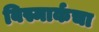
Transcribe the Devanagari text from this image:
बिस्मार्कचा